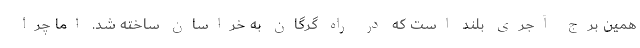
همین برج آجری بلند است که در راه گرگان به خراسان ساخته شد. اما چرا